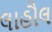
લાહૌલ